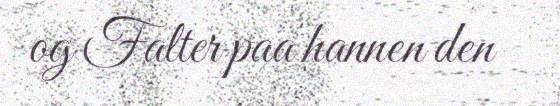
og Falter paa hannen den